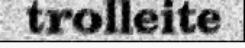
trolleite